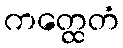
ကတ္ထေတံ